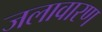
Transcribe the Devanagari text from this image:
जलावारण